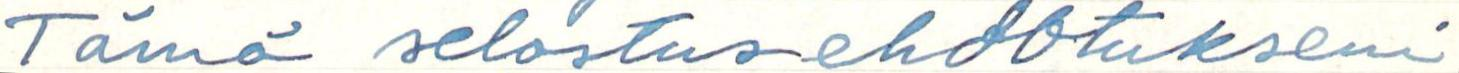
Tämä selostusehdotukseni